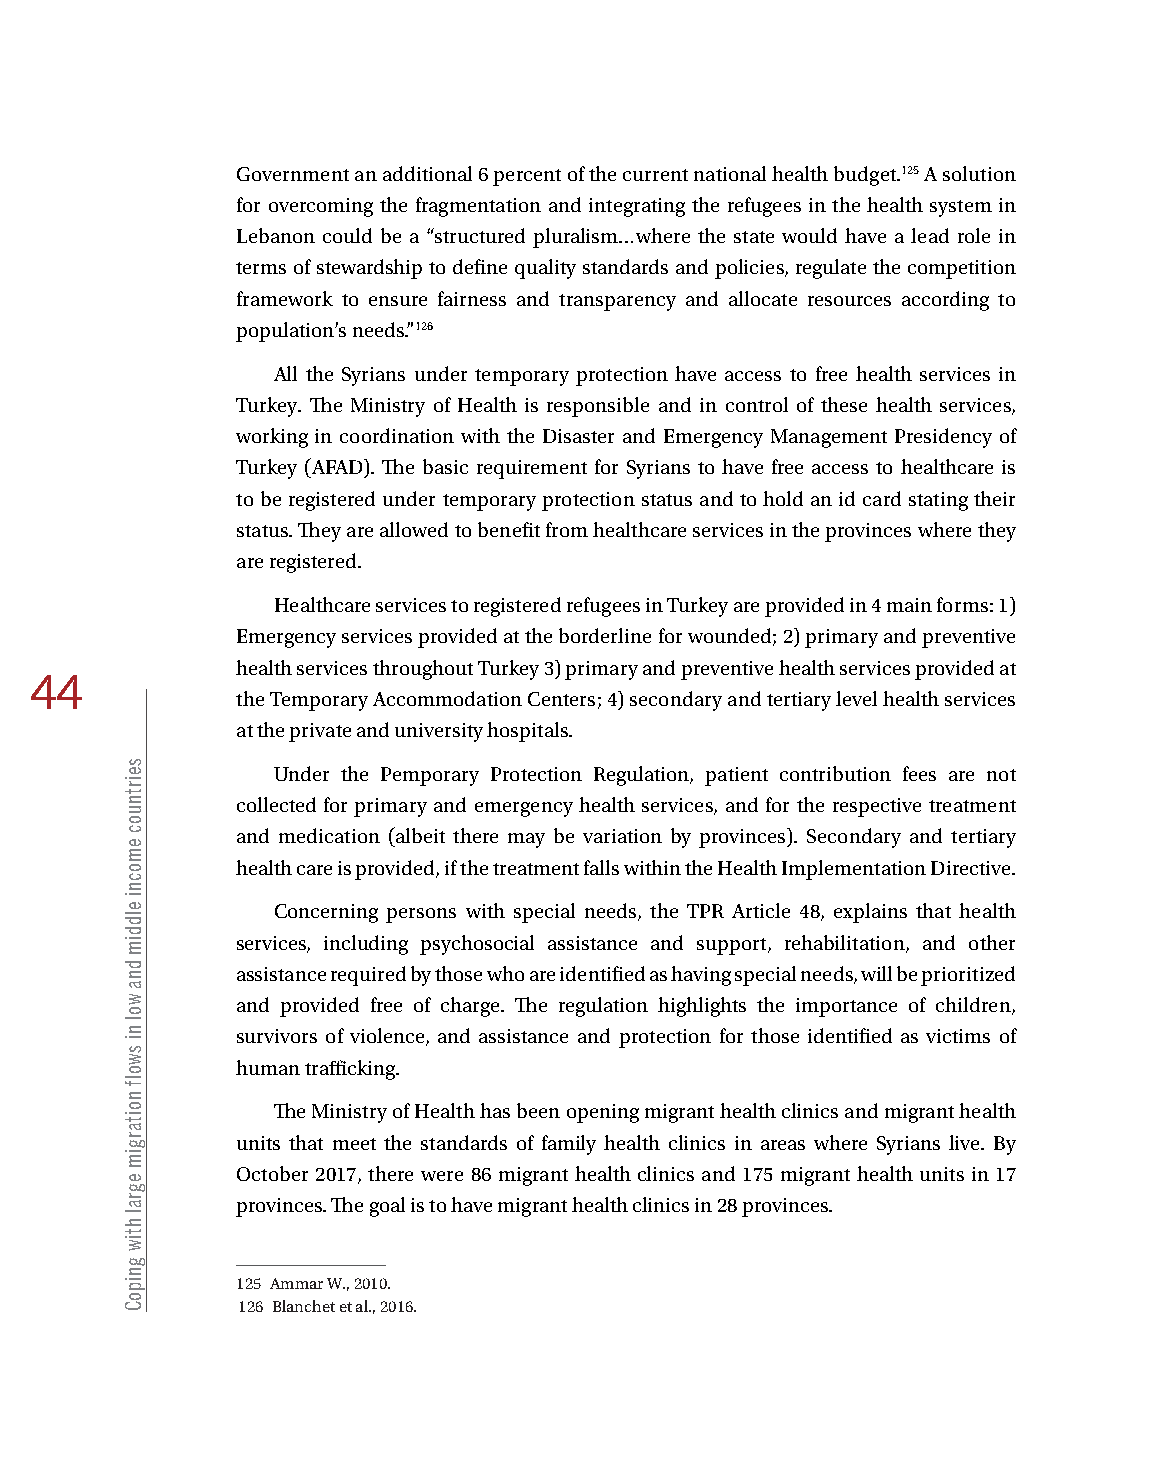
Government an additional 6 percent of the current national health budget.125 A solution
 for overcoming the fragmentation and integrating the refugees in the health system in
 Lebanon could be a “structured pluralism…where the state would have a lead role in
 terms of stewardship to define quality standards and policies, regulate the competition
 framework to ensure fairness and transparency and allocate resources according to
 population’s needs.”126
 All the Syrians under temporary protection have access to free health services in
 Turkey. The Ministry of Health is responsible and in control of these health services,
 working in coordination with the Disaster and Emergency Management Presidency of
 Turkey (AFAD). The basic requirement for Syrians to have free access to healthcare is
 to be registered under temporary protection status and to hold an id card stating their
 status. They are allowed to benefit from healthcare services in the provinces where they
 are registered.
 Healthcare services to registered refugees in Turkey are provided in 4 main forms: 1)
 Emergency services provided at the borderline for wounded; 2) primary and preventive
 health services throughout Turkey 3) primary and preventive health services provided at
 44
 the Temporary Accommodation Centers; 4) secondary and tertiary level health services
 at the private and university hospitals.
 Under the Pemporary Protection Regulation, patient contribution fees are not
 collected for primary and emergency health services, and for the respective treatment
 and medication (albeit there may be variation by provinces). Secondary and tertiary
 health care is provided, if the treatment falls within the Health Implementation Directive.
 Concerning persons with special needs, the TPR Article 48, explains that health
 services, including psychosocial assistance and support, rehabilitation, and other
 assistance required by those who are identified as having special needs, will be prioritized
 and provided free of charge. The regulation highlights the importance of children,
 survivors of violence, and assistance and protection for those identified as victims of
 human trafficking.
 The Ministry of Health has been opening migrant health clinics and migrant health
 units that meet the standards of family health clinics in areas where Syrians live. By
 October 2017, there were 86 migrant health clinics and 175 migrant health units in 17
 provinces. The goal is to have migrant health clinics in 28 provinces.
 125 Ammar W., 2010.
 126 Blanchet et al., 2016.
 seirtnuoc
 emocni
 elddim
 dna
 wol
 ni
 swolf
 noitargim
 egral
 htiw
 gnipoC